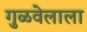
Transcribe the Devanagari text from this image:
गुळवेलाला